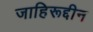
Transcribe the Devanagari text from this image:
जाहिरूद्दीन